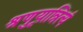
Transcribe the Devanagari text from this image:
श्रृणुयान्नित्यं